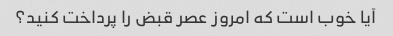
آیا خوب است که امروز عصر قبض را پرداخت کنید؟